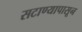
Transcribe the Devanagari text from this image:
सटाण्यापासून